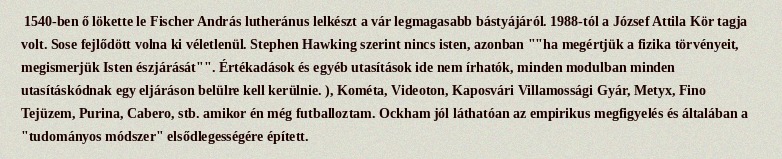
1540-ben ő lökette le Fischer András lutheránus lelkészt a vár legmagasabb bástyájáról. 1988-tól a József Attila Kör tagja volt. Sose fejlődött volna ki véletlenül. Stephen Hawking szerint nincs isten, azonban ""ha megértjük a fizika törvényeit, megismerjük Isten észjárását"". Értékadások és egyéb utasítások ide nem írhatók, minden modulban minden utasításkódnak egy eljáráson belülre kell kerülnie. ), Kométa, Videoton, Kaposvári Villamossági Gyár, Metyx, Fino Tejüzem, Purina, Cabero, stb. amikor én még futballoztam. Ockham jól láthatóan az empirikus megfigyelés és általában a "tudományos módszer" elsődlegességére épített.